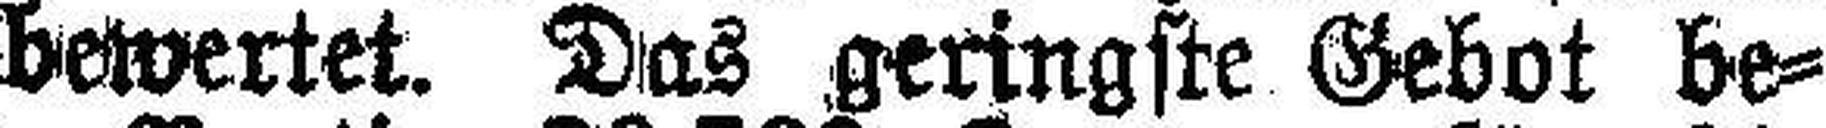
auf 9350 Kronen bewertet. Das geringste Gebot be¬